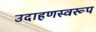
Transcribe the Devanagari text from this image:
उदाहणस्वरूप